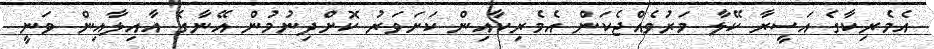
އެމެރިކާގެ އަސީރާ ކޭލާ މަރުވެއްޖެކަން އެމެރިކާއިން ކަށަވަރު ކޮށްދިނުމުން އޭނާގެ އާއިލާއިން ވަނީ